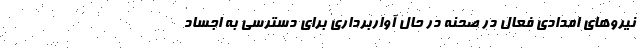
نیروهای امدادی فعال در صحنه در حال آواربرداری برای دسترسی به اجساد